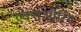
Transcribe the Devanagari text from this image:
एक्सओरिंग